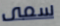
سمى